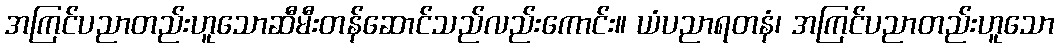
အကြင်ပညာတည်းဟူသောဆီမီးတန်ဆောင်သည်လည်းကောင်း။ ယံပညာရတနံ၊ အကြင်ပညာတည်းဟူသော